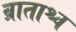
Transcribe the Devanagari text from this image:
व्राताश्च